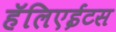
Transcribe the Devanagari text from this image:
हॅलिएईटस